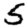
Digit: 5